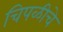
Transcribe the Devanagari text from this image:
चिपळीचे